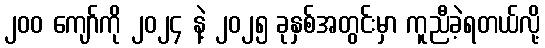
၂၀၀ ကျော်ကို ၂၀၂၄ နဲ့ ၂၀၂၅ ခုနှစ်အတွင်းမှာ ကူညီခဲ့ရတယ်လို့